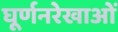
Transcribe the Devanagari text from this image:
घूर्णनरेखाओं